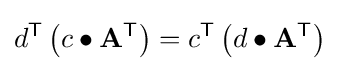
d^{\textsf {T}}\left(c\bullet \mathbf {A} ^{\textsf {T}}\right)=c^{\textsf {T}}\left(d\bullet \mathbf {A} ^{\textsf {T}}\right)